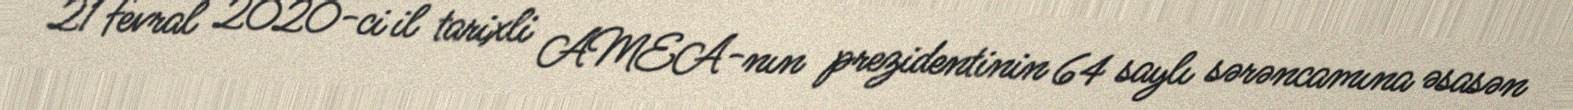
21 fevral 2020-ci il tarixli AMEA-nın prezidentinin 64 saylı sərəncamına əsasən